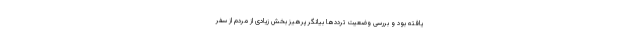
یافته بود و بررسی وضعیت ترددها بیانگر پرهیز بخش زیادی از مردم از سفر